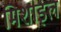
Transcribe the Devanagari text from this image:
मिशाइल